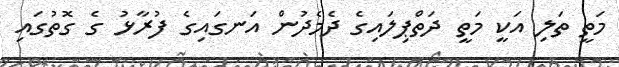
މަތީ ތަލި އަކީ މަތީ ދަތްޕިލައިގެ ދެމެދުން އަނގައިގެ ފުރާޅު ގެ ގޮތުގައި